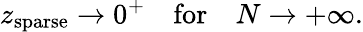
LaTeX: z_{\mathrm{sparse}}\to 0^{+}\quad\mathrm{for}\quad N\to+\infty.